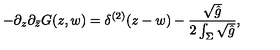
- \partial _ { z } \partial _ { \bar { z } } G ( z , w ) = \delta ^ { ( 2 ) } ( z - w ) - { \frac { \sqrt { \hat { g } } } { 2 \int _ { \Sigma } \sqrt { \hat { g } } } } ,